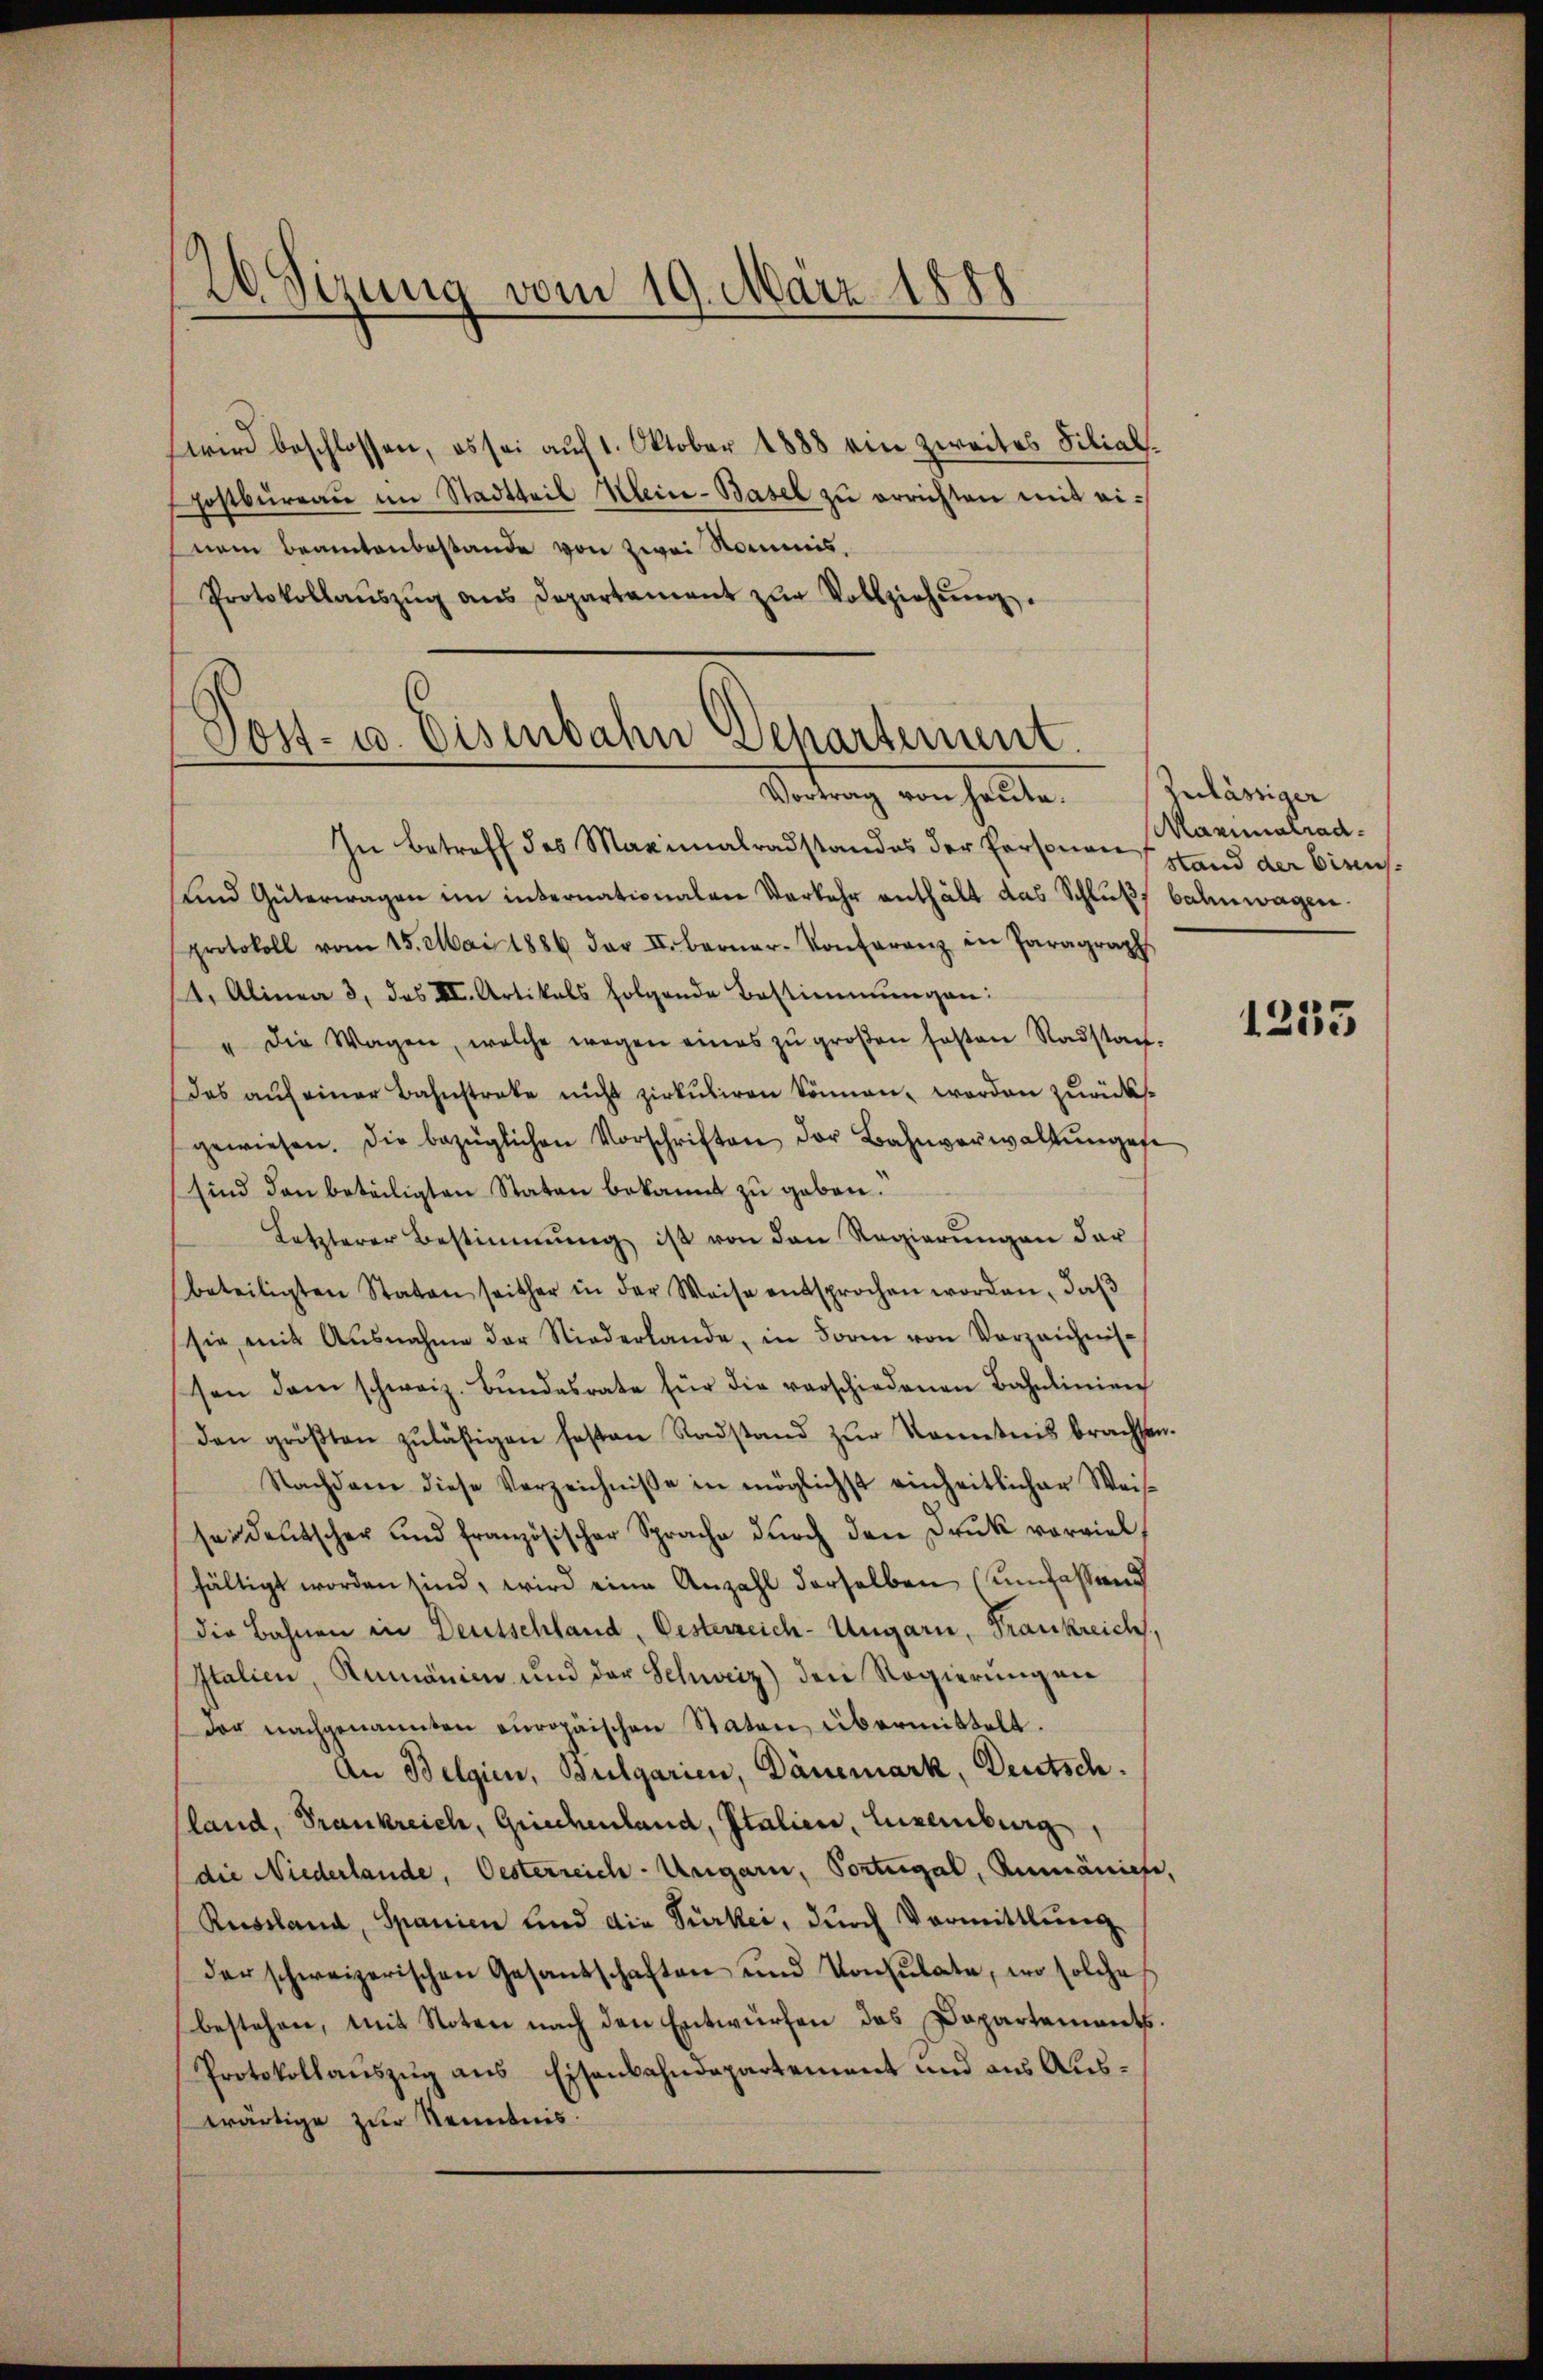
26 Sizung vom 19. März 1888

wird beschlossen, es sei auf 1. Oktober 1888 ein zweites Filial¬
Postbüreaŭ im Stadtteil Klein-Basel zu errichten mit einem Beamtenbestande von zwei Kommis,
Protokollaŭszŭg ans Departament zŭr Vollziehŭng.

Sost- u. Eisenbahn Departement.
Vertrag von sollte.

In Betreff des Maximalradstandes der Personen Stand der biens¬
Lund Güterwagen im internationalen Verkehr enthält das Schluß bahnwagen.
protokoll vom 15. Mai 1886 der II. Berner-Konferenz in Paragraph
(4. Alinea 3. das III. Artikals folgende Bestimmungen:
" die Wagen, welche wegen eines zŭ groβen festen Radstan-
das auf einer Bahnstreke nicht zirkŭliren können, worden zurückgewiesen. Die bezüglichen Vorschriften der Bahnverwaltŭngese
sind den beteiligten Staten bekannt zu geben.
Letzterer Bestimmung ist von den Regierŭngen der
beteiligten Staten seither in der Weise entsprochen worden, daβ
sie mit Ausnahme der Niederlande, in Form von Vorzeichnis
sen dem schweiz. Bŭndesrate für die verschiedenen Bahnlinien
den gröβten zŭläsigen festen Radstand zŭr Kenntnis brachsen.
Nachdem diese Verzeichnisse in möglichst einheitlicher Weis-
sei deutscher und französischer Sprache dŭrch den Druk vorviel,
fältigt worden sind, wird eine Anzahl derselben (umfassend
die Bahnen in Deutschland, Oesterzeich-Ungarn, Frankreich
Italien, Rumänien und der Schweiz) den Regierŭngen
der nachgenannten europäischen Staten übermittelt.
An Belgien, Bulgarien, Dänemark, Deutsch.
land, Frankreich, Griechenland, Italien, Luxemburg
die Niederlande, Oesterreich-Ungarn, Vorteigal, Rumäniehe,
Russland, Spanien sind die Türkei, dŭrch Vormittlung.
der schweizerischen Gesandschaften und Konsulate, wo solche
bestehen, mit Noten nach den Entwürfen des Dopartements.
Protokollauszug aus Eisenbahndepartement und aus Auswärtige zur Kenntnis.

Zulässiger
Maximalrad.

1235